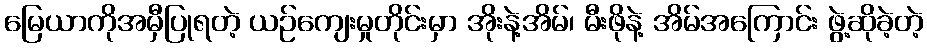
မြေယာကိုအမှီပြုရတဲ့ ယဉ်ကျေးမှုတိုင်းမှာ အိုးနဲ့အိမ်၊ မီးဖိုနဲ့ အိမ်အကြောင်း ဖွဲ့ဆိုခဲ့တဲ့